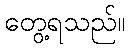
တွေ့ရသည်။